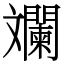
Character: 斕